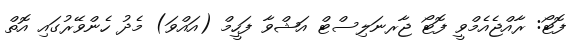
ފޮޓޯ: ރާއްޖެއެމްވީ ފޮޓޯ ޖާރނަލިސްޓް އަޝްވާ ފަހީމް (އައްވަ) މެދު ހެންވޭރުގައި އޮތް